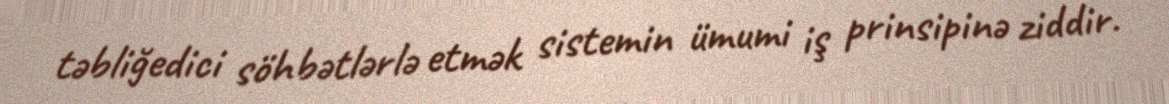
təbliğedici söhbətlərlə etmək sistemin ümumi iş prinsipinə ziddir.